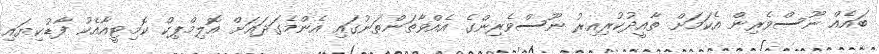
ބައެއް ނޫސްވެރިން އެކަމަށް ތާއީދުކުރިއިރު ނޫސްވެރިންގެ އެއްވާތަންތަނުގައި އެންމެގަދައަށް އޮލިމްޕިކް ކޮމިޓީއާއެކު ފާޑުކިޔައި